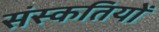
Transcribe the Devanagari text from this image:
संस्कतियों